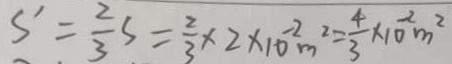
S ^ { \prime } = \frac { 2 } { 3 } s = \frac { 2 } { 3 } \times 2 \times 1 0 ^ { - 2 } m ^ { 2 } = \frac { 4 } { 3 } \times 1 0 ^ { - 2 } m ^ { 2 }